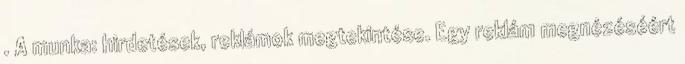
. A munka: hirdetések, reklámok megtekintése. Egy reklám megnézéséért